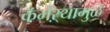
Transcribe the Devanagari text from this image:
कॅमेऱ्यामुळे